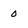
Character: 0